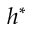
h ^ { * }